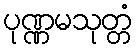
ပုဏ္ဏမသုတ္တံ